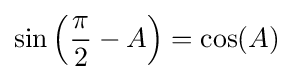
\sin \left({\frac {\pi }{2}}-A\right)=\cos(A)